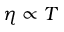
\eta \propto T